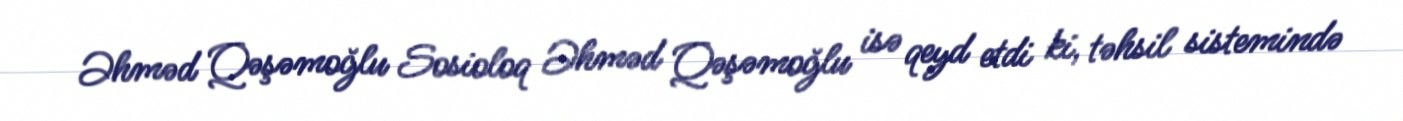
Əhməd Qəşəmoğlu Sosioloq Əhməd Qəşəmoğlu isə qeyd etdi ki, təhsil sistemində